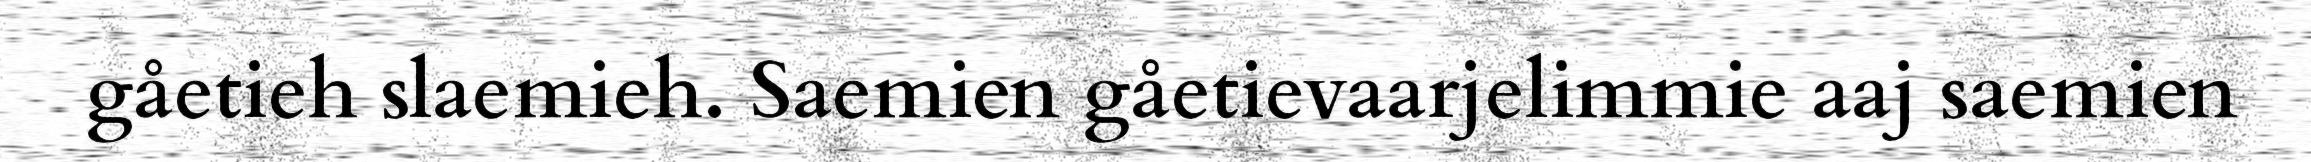
gåetieh slaemieh. Saemien gåetievaarjelimmie aaj saemien